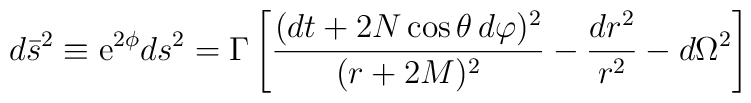
d\bar{s}^2 \equiv {\rm e}^{2\phi}ds^2 = \Gamma\left[ \frac{(dt+2N\cos\theta\,d\varphi)^2}{(r+2M)^2} - \frac{dr^2}{r^2} - d\Omega^2 \right]